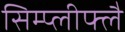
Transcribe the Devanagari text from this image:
सिम्प्लीफ्लै